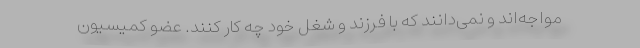
مواجه‌اند و نمی‌دانند که با فرزند و شغل خود چه کار کنند. عضو کمیسیون